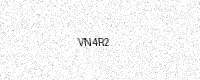
Text: VN4R2